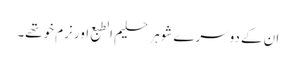
ان کے دوسرے شوہر حلیم الطبع اور نرم خوتھے۔